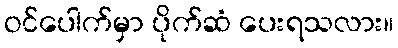
ဝင်ပေါက်မှာ ပိုက်ဆံ ပေးရသလား။